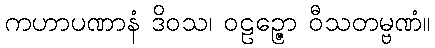
ကဟာပဏာနံ ဒိဝသ၊ ဝဠဉ္ဇော ဝီသတမ္ဗဏံ။